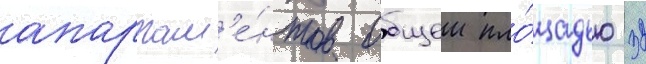
апартам'е́нтов общеи пло́щадью 32